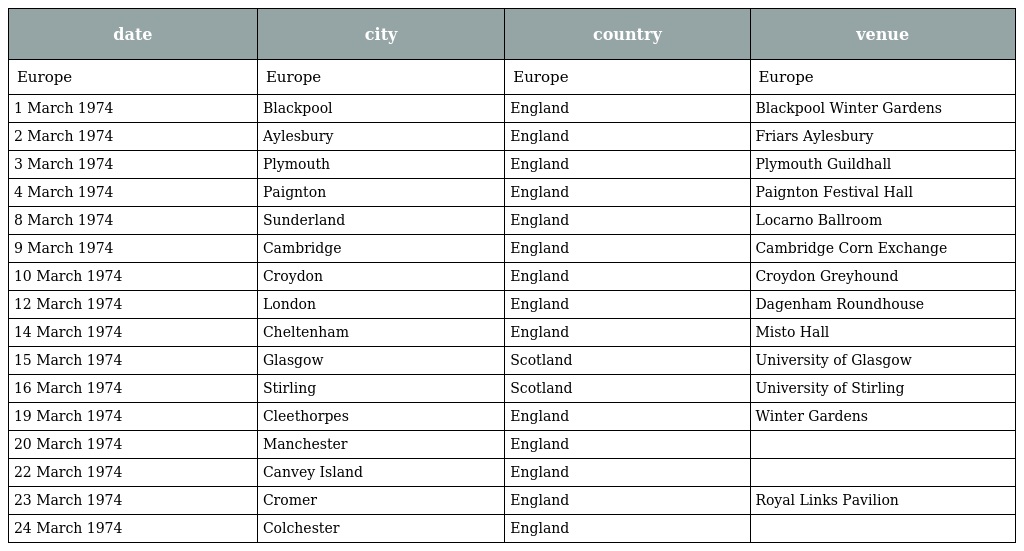
| date | city | country | venue |
 | --- | --- | --- | --- |
 | Europe | Europe | Europe | Europe |
 | 1 March 1974 | Blackpool | England | Blackpool Winter Gardens |
 | 2 March 1974 | Aylesbury | England | Friars Aylesbury |
 | 3 March 1974 | Plymouth | England | Plymouth Guildhall |
 | 4 March 1974 | Paignton | England | Paignton Festival Hall |
 | 8 March 1974 | Sunderland | England | Locarno Ballroom |
 | 9 March 1974 | Cambridge | England | Cambridge Corn Exchange |
 | 10 March 1974 | Croydon | England | Croydon Greyhound |
 | 12 March 1974 | London | England | Dagenham Roundhouse |
 | 14 March 1974 | Cheltenham | England | Misto Hall |
 | 15 March 1974 | Glasgow | Scotland | University of Glasgow |
 | 16 March 1974 | Stirling | Scotland | University of Stirling |
 | 19 March 1974 | Cleethorpes | England | Winter Gardens |
 | 20 March 1974 | Manchester | England |  |
 | 22 March 1974 | Canvey Island | England |  |
 | 23 March 1974 | Cromer | England | Royal Links Pavilion |
 | 24 March 1974 | Colchester | England |  |